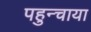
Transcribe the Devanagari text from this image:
पहुन्चाया